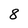
Character: 8